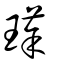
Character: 瑹